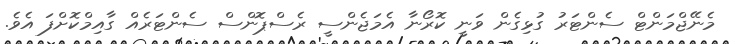
މެނޭޖްމަންޓް ސެންޓަރު ގުޅިގެން ވަނީ ކޮރޯނާ އެމަޖެންސީ ރެސްޕޮންސް ސެންޓަރެއް ގާއިމްކޮށްފަ އެވެ.